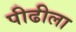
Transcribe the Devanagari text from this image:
पीढीला